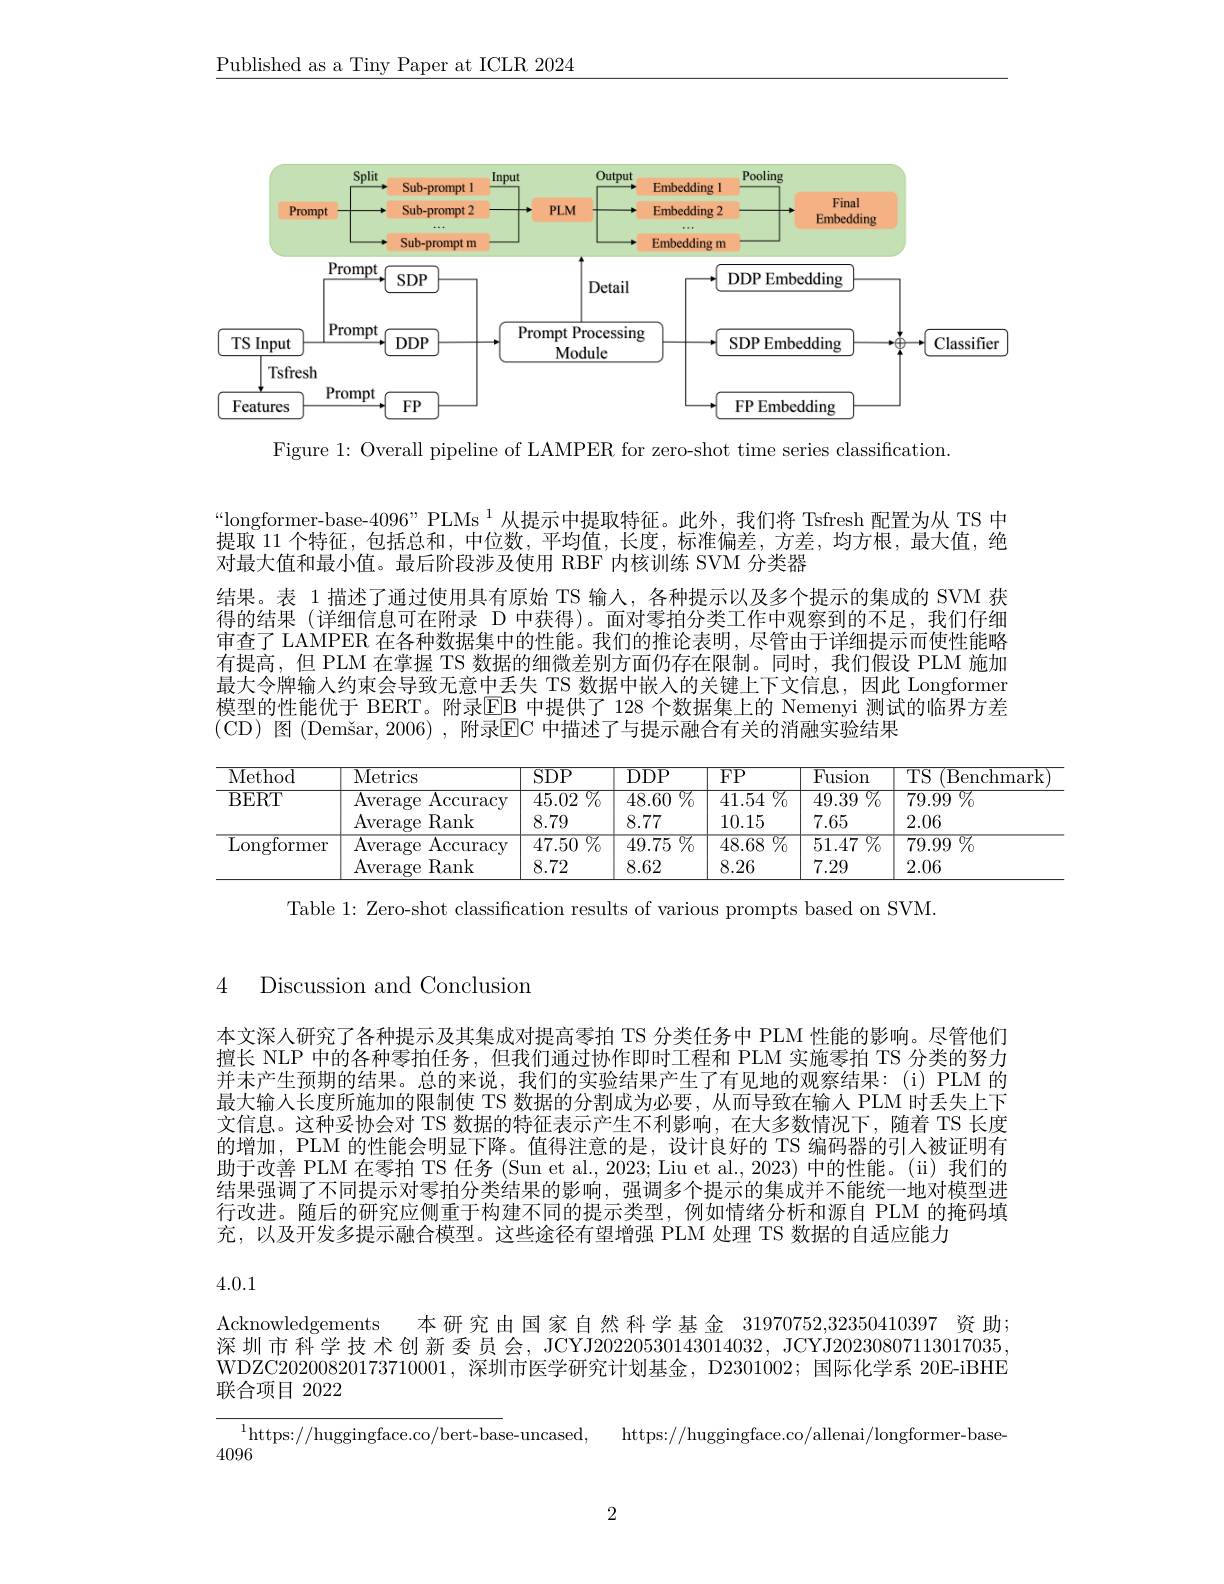
$\underline{\text{Published as a Tiny Paper at ICLR 2024}}$

<FigureHere>

Figure 1: Overall pipeline of LAMPER for zero-shot time series classification.

“longformer-base-4096”PLMs $^{1}$从提示中提取特征。此外，我们将 Tsfresh 配置为从 TS 中提取 11 个特征，包括总和，中位数，平均值，长度，标准偏差，方差，均方根，最大值，绝对最大值和最小值。最后阶段涉及使用 RBF 内核训练 SVM 分类器
结果。表 1 描述了通过使用具有原始 TS 输人，各种提示以及多个提示的集成的 SVM 获得的结果 (详细信息可在附录 D 中获得)。面对零拍分类工作中观察到的不足，我们仔细审查了 LAMPER 在各种数据集中的性能。我们的推论表明，尽管由于详细提示而使性能略有提高，但 PLM 在掌握 TS 数据的细微差别方面仍存在限制。同时，我们假设 PLM 施加最大令牌输人约束会导致无意中丢失 TS 数据中嵌人的关键上下文信息，因此 Longformer 模型的性能优于 BERT。附录$\overline{\mathrm{EB}}$ 中提供了 128 个数据集上的 Nemenyi 测试的临界方差(CD)图 (Demšar,2006),附录EC 中描述了与提示融合有关的消融实验结果

<table>
	<tbody>
		<tr>
			<th>Method</th>
			<th>$\overline{\mathrm{Metrics}}$</th>
			<th>$\overline{\mathrm{SDP}}$</th>
			<th>$DDP$</th>
			<th>$\overline{{\mathrm{FP}}}$</th>
			<th>Fusion</th>
			<th>$\overline{\mathrm{TS}}$ (Benchma</th>
		</tr>
		<tr>
			<td>BERT</td>
			<td>Average $\operatorname{Accuracy}$ Average Rank</td>
			<td>$\overline{45.02}\%$ 8.79</td>
			<td>${\overline{48.60}\%}$ 8.77</td>
			<td>${\overline{41.54\%}}$ 10.15</td>
			<td>$\overline{49.39\:\%}$ 7.65</td>
			<td>79.99 $\%$ 1 2.06</td>
		</tr>
		<tr>
			<td>${\overline{{\mathrm{Longformer}}}}$</td>
			<td>Average $\operatorname{Accuracy}$ Average Rank</td>
			<td>${\overline{47.50\%}}$ 8.72</td>
			<td>$\overline{49.75}\%$ 8.62</td>
			<td>${\overline{48.68\:\%}}$ 8.26</td>
			<td>$\overline {51. 47}$ $\%$ 7.29</td>
			<td>79.99 $\%$ 2.06</td>
		</tr>
	</tbody>
</table>

Table 1: Zero-shot classification results of various prompts based on SVM.

4

Discussion and Conclusion

本文深人研究了各种提示及其集成对提高零拍 TS 分类任务中 PLM 性能的影响。尽管他们擅长 NLP 中的各种零拍任务，但我们通过协作即时工程和 PLM 实施零拍 TS 分类的努力并未产生预期的结果。总的来说，我们的实验结果产生了有见地的观察结果：(i)PLM 的最大输人长度所施加的限制使 TS 数据的分割成为必要，从而导致在输入 PLM 时丢失上下文信息。这种妥协会对 TS 数据的特征表示产生不利影响，在大多数情况下，随着 TS 长度的增加，PLM 的性能会明显下降。值得注意的是，设计良好的 TS 编码器的引人被证明有助于改善 PLM 在零拍 TS 任务 (Sun et al., 2023; Liu et al., 2023) 中的性能。(ii) 我们的结果强调了不同提示对零拍分类结果的影响，强调多个提示的集成并不能统一地对模型进行改进。随后的研究应侧重于构建不同的提示类型，例如情绪分析和源自 PLM 的掩码填充，以及开发多提示融合模型。这些途径有望增强 PLM 处理 TS 数据的自适应能力

4.0.1

Acknowledgements 本研究由国家自然科学基金 31970752,32350410397 资 助深圳市科学技术创新委员会，JCYJ20220530143014032,JCYJ20230807113017035, WDZC20200820173710001,深圳市医学研究计划基金，D2301002;国际化学系 20E-iBHE 联合项目 2022
allenai/longformer-base
$^{1}$https://huggingface.co/bert-base-uncased, https://huggingface
4096

2